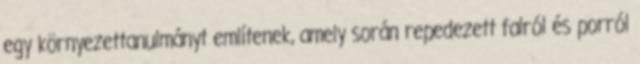
egy környezettanulmányt említenek, amely során repedezett falról és porról